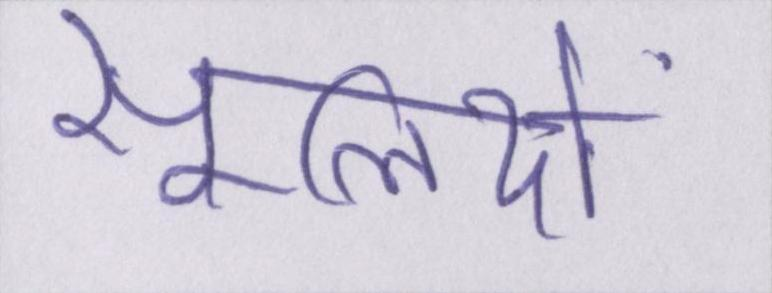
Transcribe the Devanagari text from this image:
सूलियों